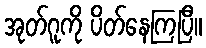
အုတ်ဂူကို ပိတ်နေကြပြီ။